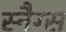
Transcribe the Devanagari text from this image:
स्नैग्स